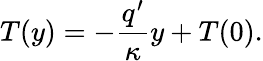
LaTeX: T(y)=-\frac{q^{\prime}}{\kappa}y+T(0).